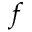
f